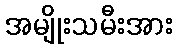
အမျိုးသမီးအား